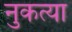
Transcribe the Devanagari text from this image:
नुकत्या